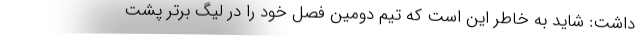
داشت: شاید به خاطر این است که تیم دومین فصل خود را در لیگ برتر پشت